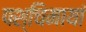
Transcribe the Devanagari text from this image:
पश्चिमायां